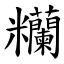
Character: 糷